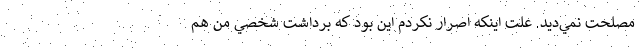
مصلحت نمي‌ديد. علت اينكه اصرار نكردم اين بود كه برداشت شخصي من هم